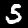
Digit: 5